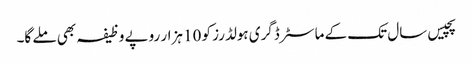
پچیس سال تک کے ماسٹر ڈگری ہولڈرز کو 10 ہزار روپے وظیفہ بھی ملے گا۔